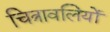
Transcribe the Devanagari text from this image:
चित्रावलियों